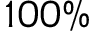
1 0 0 \%